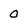
Character: 0